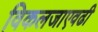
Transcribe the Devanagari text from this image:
विकलजाएवढी